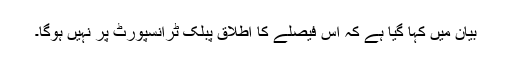
بیان میں کہا گیا ہے کہ اس فیصلے کا اطلاق پبلک ٹرانسپورٹ پر نہیں ہوگا۔